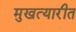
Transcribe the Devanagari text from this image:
मुखत्यारीत